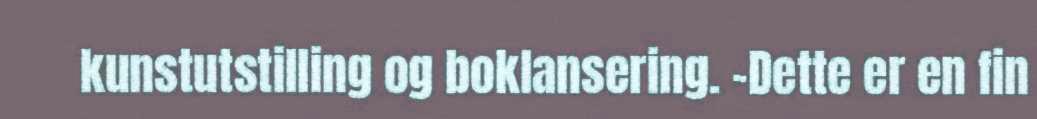
kunstutstilling og boklansering. -Dette er en fin